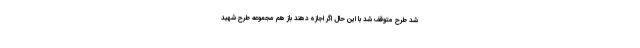
شد طرح متوقف شد با این حال اگر اجازه دهند باز هم مجموعه طرح شهید